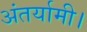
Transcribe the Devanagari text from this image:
अंतर्यामी।